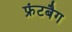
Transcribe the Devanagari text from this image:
फ्रंटबैग